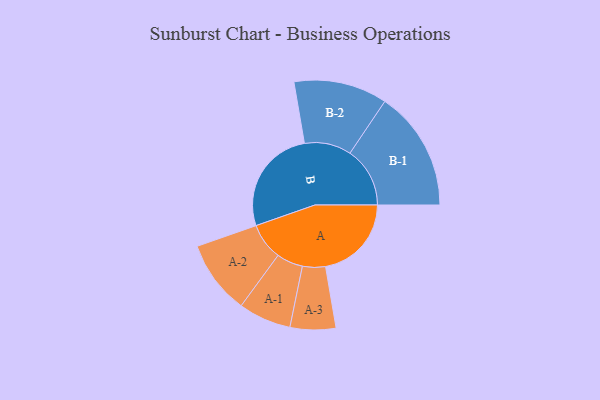
{"axis": {"x": "Segment", "y": "Value"}, "legend": ["", "A", "B"], "data": [{"x": "A", "y": 391, "type": ""}, {"x": "B", "y": 485, "type": ""}, {"x": "A-1", "y": 120, "type": "A"}, {"x": "A-2", "y": 168, "type": "A"}, {"x": "A-3", "y": 104, "type": "A"}, {"x": "B-1", "y": 273, "type": "B"}, {"x": "B-2", "y": 213, "type": "B"}]}